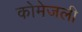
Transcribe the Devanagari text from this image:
कोमेजली